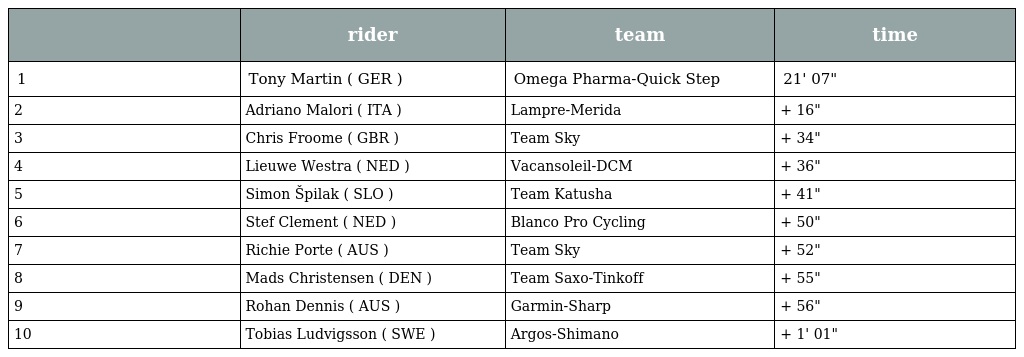
|  | rider | team | time |
 | --- | --- | --- | --- |
 | 1 | Tony Martin ( GER ) | Omega Pharma-Quick Step | 21' 07" |
 | 2 | Adriano Malori ( ITA ) | Lampre-Merida | + 16" |
 | 3 | Chris Froome ( GBR ) | Team Sky | + 34" |
 | 4 | Lieuwe Westra ( NED ) | Vacansoleil-DCM | + 36" |
 | 5 | Simon Špilak ( SLO ) | Team Katusha | + 41" |
 | 6 | Stef Clement ( NED ) | Blanco Pro Cycling | + 50" |
 | 7 | Richie Porte ( AUS ) | Team Sky | + 52" |
 | 8 | Mads Christensen ( DEN ) | Team Saxo-Tinkoff | + 55" |
 | 9 | Rohan Dennis ( AUS ) | Garmin-Sharp | + 56" |
 | 10 | Tobias Ludvigsson ( SWE ) | Argos-Shimano | + 1' 01" |